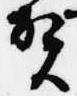
賀